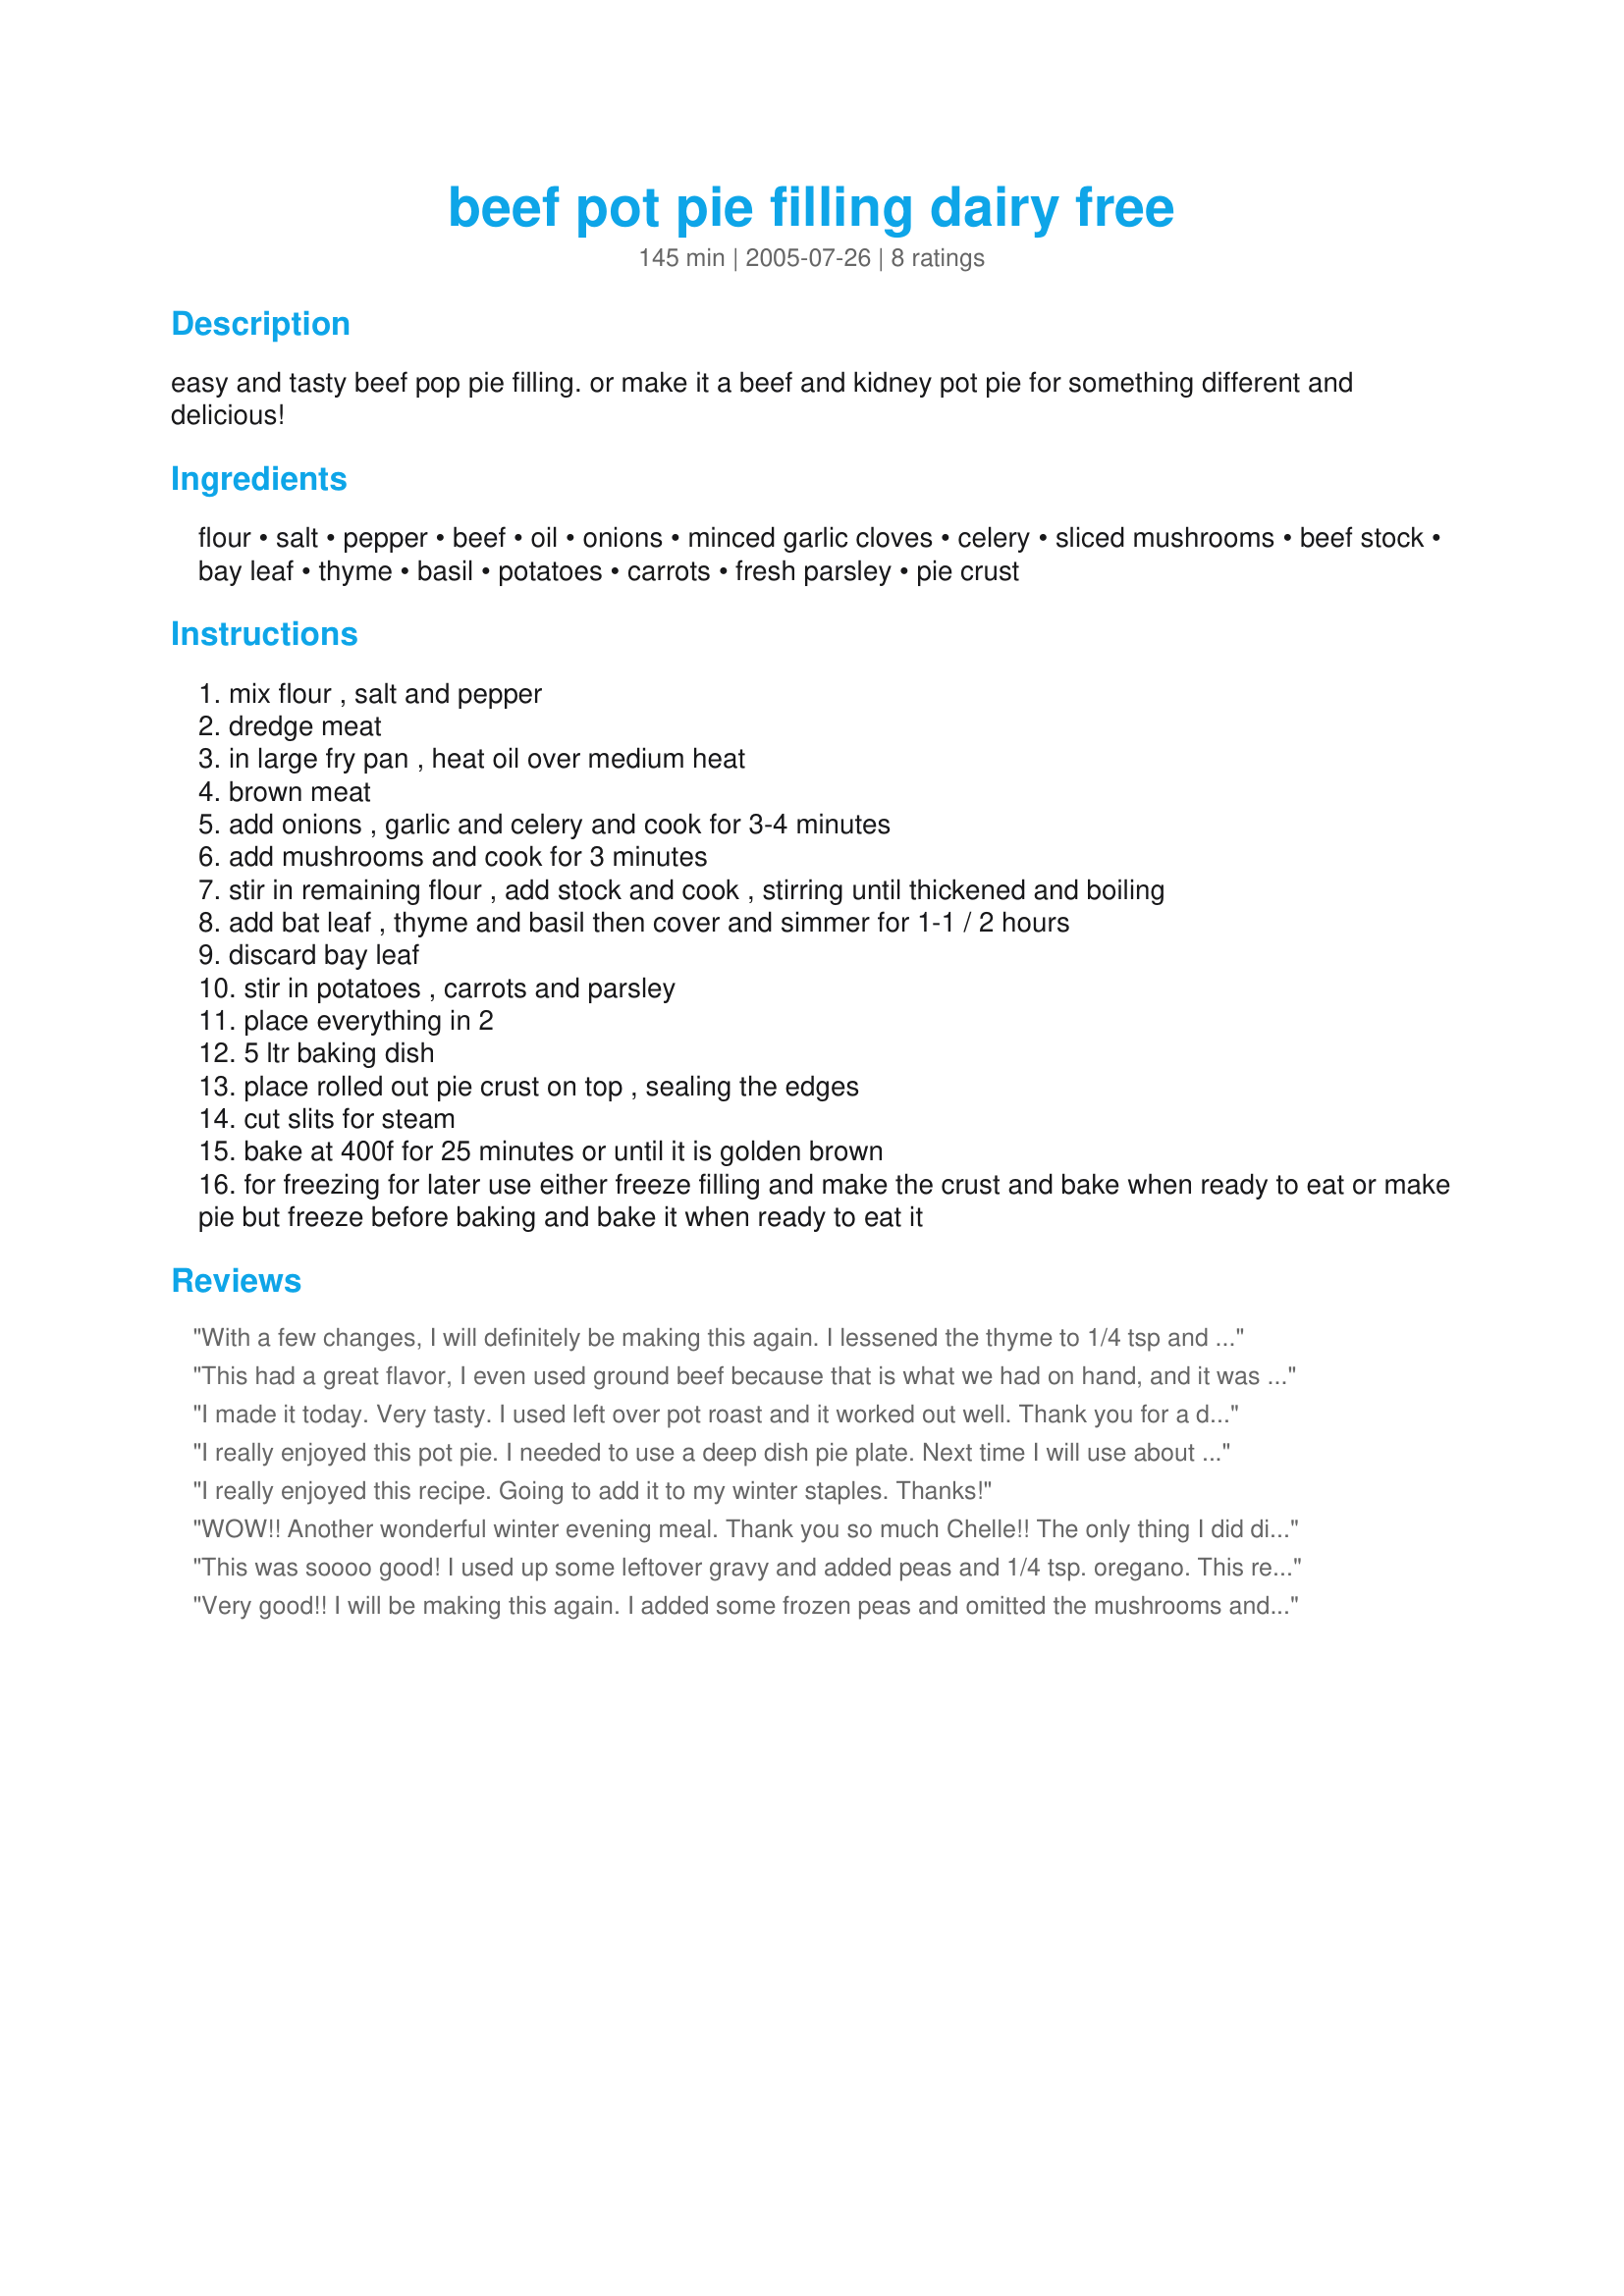
beef pot pie filling dairy free
Preparation time: 145 minutes

easy and tasty beef pop pie filling. or make it a beef and kidney pot pie for something different and delicious!

Ingredients:
flour, salt, pepper, beef, oil, onions, minced garlic cloves, celery, sliced mushrooms, beef stock, bay leaf, thyme, basil, potatoes, carrots, fresh parsley, pie crust

Steps:
mix flour , salt and pepper
dredge meat
in large fry pan , heat oil over medium heat
brown meat
add onions , garlic and celery and cook for 3-4 minutes
add mushrooms and cook for 3 minutes
stir in remaining flour , add stock and cook , stirring until thickened and boiling
add bat leaf , thyme and basil then cover and simmer for 1-1 / 2 hours
discard bay leaf
stir in potatoes , carrots and parsley
place everything in 2
5 ltr baking dish
place rolled out pie crust on top , sealing the edges
cut slits for steam
bake at 400f for 25 minutes or until it is golden brown
for freezing for later use either freeze filling and make the crust and bake when ready to eat or make pie but freeze before baking and bake it when ready to eat it

Reviews:
With a few changes, I will definitely be making this again. I lessened the thyme to 1/4 tsp and replaced the basil with oregano, used canned diced potatoes and frozen mixed vegetables instead of just carrots. I have been making chicken pot pie and been looking for a good recipe for beef, NOW I have one! THANKS!
This had a great flavor, I even used ground beef because that is what we had on hand, and it was great.
I made it today. Very tasty. I used left over pot roast and it worked out well. Thank you for a delicious recipe.
I really enjoyed this pot pie. I needed to use a deep dish pie plate. Next time I will use about half the amount of thyme. I will be making this regularly now.
I really enjoyed this recipe. Going to add it to my winter staples. Thanks!
WOW!! Another wonderful winter evening meal. Thank you so much Chelle!! The only thing I did different was add a 1/8 tsp of white pepper for a little kick but that is all it needed FANTASTIC!!!! And what made it even better was the butter pie crust recipe #10830.
Once again Heaven on earth!
This was soooo good! I used up some leftover gravy and added peas and 1/4 tsp. oregano. This really held together well and was not running all over the plate like my usual beef pies. This will go in my favorite beef recipe folder! Thanks.
Very good!! I will be making this again. I added some frozen peas and omitted the mushrooms and celery (DH doesn't like) and it was just what we were looking for. Thanks for posting.
